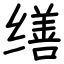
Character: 缮